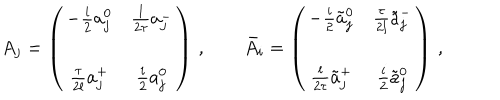
A _ { j } = \left( \begin{array} { c c } { { - \frac i 2 a _ { j } ^ { 0 } } } & { { \frac { l } { 2 \tau } a _ { j } ^ { - } } } \\ { { } } & { { } } \\ { { \frac { \tau } { 2 l } a _ { j } ^ { + } } } & { { \frac i 2 a _ { j } ^ { 0 } } } \\ \end{array} \right) \, , \qquad { \bar { A } } _ { i } = \left( \begin{array} { c c } { { - \frac i 2 { \tilde { a } } _ { j } ^ { 0 } } } & { { \frac { \tau } { 2 l } { \tilde { a } } _ { j } ^ { - } } } \\ { { } } & { { } } \\ { { \frac { l } { 2 \tau } { \tilde { a } } _ { j } ^ { + } } } & { { \frac i 2 { \tilde { a } } _ { j } ^ { 0 } } } \\ \end{array} \right) \, ,